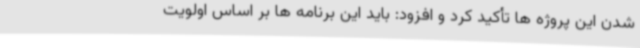
شدن این پروژه ها تأکید کرد و افزود: باید این برنامه ها بر اساس اولویت